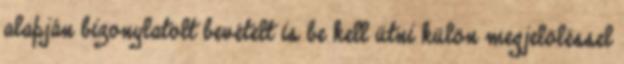
alapján bizonylatolt bevételt is be kell ütni külön megjelöléssel